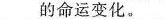
的命运变化。